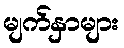
မျက်နှာများ